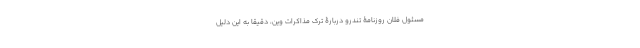
مسئول فلان روزنامۀ تندرو دربارۀ ترک مذاکرات وین، دقیقا به این دلیل